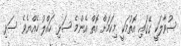
ސުވާލަކީ ގޭގައި އޮތުމަކީ މިކަމަށް އޮތް އެންމެ ސަޅި ހައްލު ހެއްޔެވެ ސަޅި